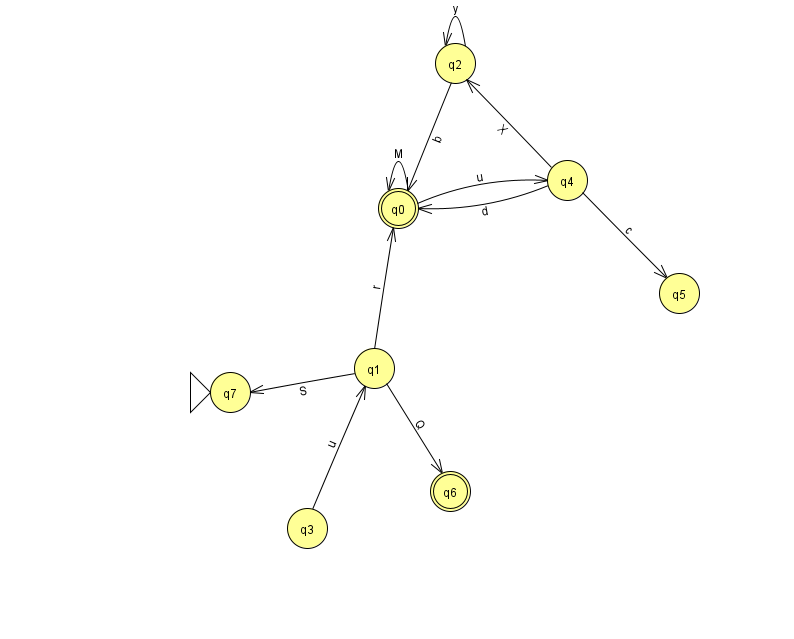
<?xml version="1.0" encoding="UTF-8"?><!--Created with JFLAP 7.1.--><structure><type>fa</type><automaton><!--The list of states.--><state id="0" name="q0"><x>398.0</x><y>195.0</y><final/></state><state id="1" name="q1"><x>374.0</x><y>355.0</y></state><state id="2" name="q2"><x>455.0</x><y>50.0</y></state><state id="3" name="q3"><x>307.0</x><y>515.0</y></state><state id="4" name="q4"><x>567.0</x><y>167.0</y></state><state id="5" name="q5"><x>679.0</x><y>280.0</y></state><state id="6" name="q6"><x>450.0</x><y>478.0</y><final/></state><state id="7" name="q7"><x>230.0</x><y>379.0</y><initial/></state><!--The list of transitions.--><transition><from>1</from><to>6</to><read>Q</read></transition><transition><from>3</from><to>1</to><read>u</read></transition><transition><from>4</from><to>5</to><read>c</read></transition><transition><from>2</from><to>2</to><read>y</read></transition><transition><from>1</from><to>0</to><read>r</read></transition><transition><from>0</from><to>0</to><read>M</read></transition><transition><from>2</from><to>0</to><read>b</read></transition><transition><from>4</from><to>0</to><read>d</read></transition><transition><from>4</from><to>2</to><read>X</read></transition><transition><from>0</from><to>4</to><read>u</read></transition><transition><from>1</from><to>7</to><read>S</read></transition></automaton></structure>